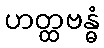
ဟတ္ထဗန္ဓံ